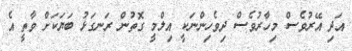
އަދި އޭރުވެސް މިހާރުވެސް ދިވެހިންނަކީ އިލްމީ ގޮތުން ރަނގަޅު ބަޔަކަށް ވާތީ އެ